画像に写った文字を読んでください
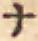
「ナ」と書いてあります